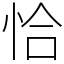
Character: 恰